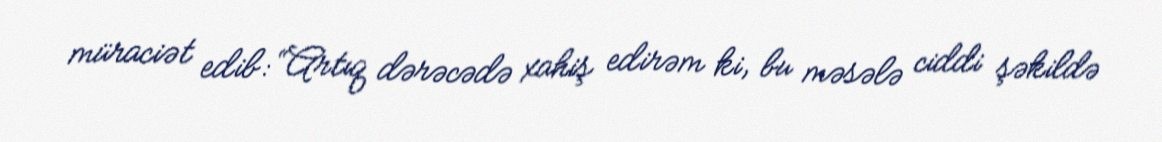
müraciət edib: “Artıq dərəcədə xahiş edirəm ki, bu məsələ ciddi şəkildə